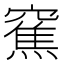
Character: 䆶